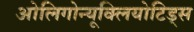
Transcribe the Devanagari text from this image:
ओलिगोन्यूक्लियोटिड्स